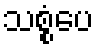
သစ္စံပေ